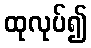
ထုလုပ်၍